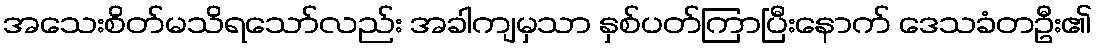
အသေးစိတ်မသိရသော်လည်း အခါကျမှသာ နှစ်ပတ်ကြာပြီးနောက် ဒေသခံတဦး၏